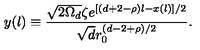
y ( l ) \equiv \frac { \sqrt { 2 \Omega _ { d } } \zeta e ^ { [ ( d + 2 - \rho ) l - x ( l ) ] / 2 } } { \sqrt { d } r _ { 0 } ^ { ( d - 2 + \rho ) / 2 } } .